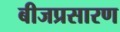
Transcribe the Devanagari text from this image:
बीजप्रसारण